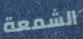
الشمعة